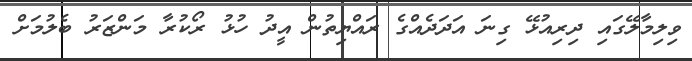
ވިލިމާލޭގައި ދިރިއުޅޭ ގިނަ އަދަދެއްގެ ރައްޔިތުން އީދު ހުޅު ރޯކުރާ މަންޒަރު ބެލުމަށް